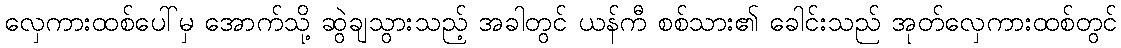
လှေကားထစ်ပေါ်မှ အောက်သို့ ဆွဲချသွားသည့် အခါတွင် ယန်ကီ စစ်သား၏ ခေါင်းသည် အုတ်လှေကားထစ်တွင်